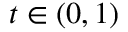
t \in \left( 0 , 1 \right)